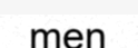
men